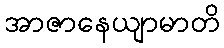
အာဇာနေယျာမာတိ